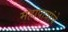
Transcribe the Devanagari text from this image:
महापात्रांचे